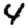
Digit: 4